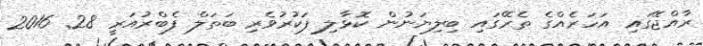
ރާއްޖޭގައި އަހަރެއްގެ ތެރޭގައި ބިލިޔަނުން ކޮޅާލި ފަކުރުވެރި ބަތަލް ފެބްރުއަރީ 28